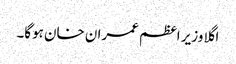
اگلا وزیر اعظم عمران خان ہوگا۔